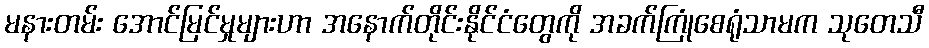
မနားတမ်း အောင်မြင်မှုများဟာ အနောက်တိုင်းနိုင်ငံတွေကို အခက်ကြုံစေရုံသာမက သုတေသီ